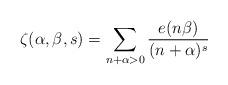
LaTeX: \begin{align*}\zeta(\alpha,\beta,s)=\sum_{n+\alpha>0}\frac{e(n\beta)}{(n+\alpha)^s}\end{align*}